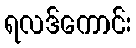
ရလဒ်ကောင်း